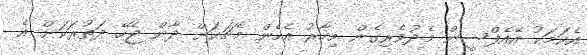
އެކަމަކު އޭއެފްސީން މެދުވެރިގެން މިހާރު އެހެން މެޗަކަށް ދާން ޖެހޭ ދަތުރަކަށް އެ